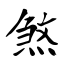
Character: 煞